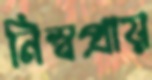
নিস্বপ্রায়